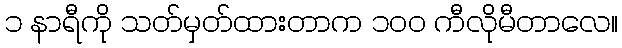
၁ နာရီကို သတ်မှတ်ထားတာက ၁၀၀ ကီလိုမီတာလေ။